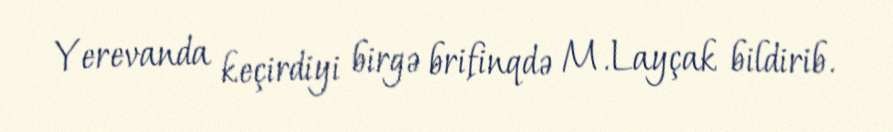
Yerevanda keçirdiyi birgə brifinqdə M.Layçak bildirib.